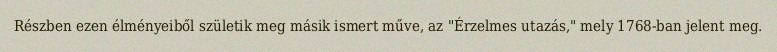
Részben ezen élményeiből születik meg másik ismert műve, az "Érzelmes utazás," mely 1768-ban jelent meg.